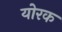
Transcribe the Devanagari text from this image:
योरक